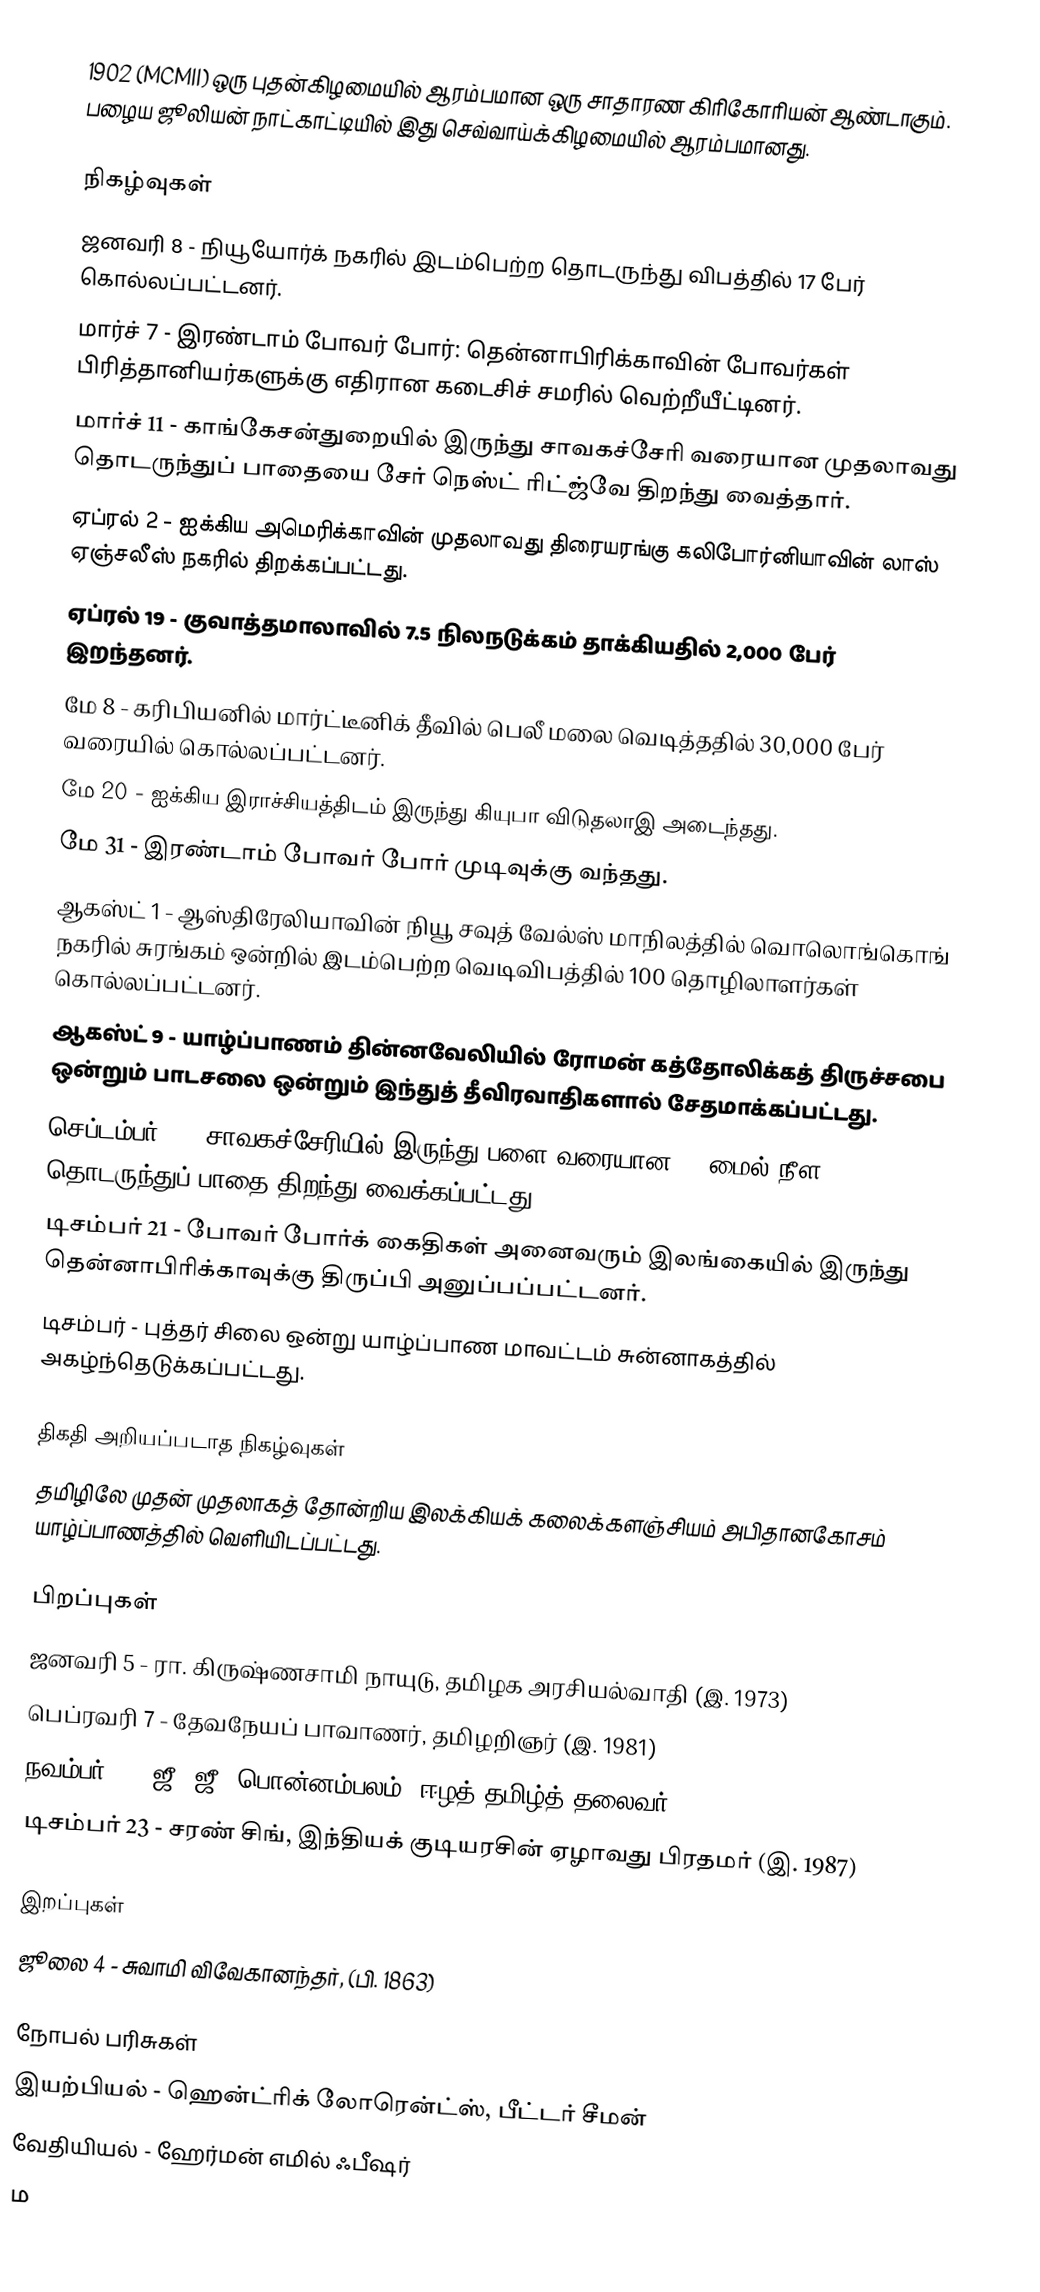
1902  (MCMII) ஒரு புதன்கிழமையில் ஆரம்பமான ஒரு சாதாரண கிரிகோரியன் ஆண்டாகும். பழைய ஜூலியன் நாட்காட்டியில் இது செவ்வாய்க்கிழமையில் ஆரம்பமானது.

நிகழ்வுகள்
 ஜனவரி 8 - நியூயோர்க் நகரில் இடம்பெற்ற தொடருந்து விபத்தில் 17 பேர் கொல்லப்பட்டனர்.
 மார்ச் 7 - இரண்டாம் போவர் போர்: தென்னாபிரிக்காவின் போவர்கள் பிரித்தானியர்களுக்கு எதிரான கடைசிச் சமரில் வெற்றீயீட்டினர்.
 மார்ச் 11 - காங்கேசன்துறையில் இருந்து சாவகச்சேரி வரையான முதலாவது தொடருந்துப் பாதையை சேர் நெஸ்ட் ரிட்ஜ்வே திறந்து வைத்தார்.
 ஏப்ரல் 2 - ஐக்கிய அமெரிக்காவின் முதலாவது திரையரங்கு கலிபோர்னியாவின் லாஸ் ஏஞ்சலீஸ் நகரில் திறக்கப்பட்டது.
 ஏப்ரல் 19 - குவாத்தமாலாவில் 7.5 நிலநடுக்கம் தாக்கியதில் 2,000 பேர் இறந்தனர்.
 மே 8 - கரிபியனில் மார்ட்டீனிக் தீவில் பெலீ மலை வெடித்ததில் 30,000 பேர் வரையில் கொல்லப்பட்டனர்.
 மே 20 - ஐக்கிய இராச்சியத்திடம் இருந்து கியுபா விடுதலாஇ அடைந்தது.
 மே 31 - இரண்டாம் போவர் போர் முடிவுக்கு வந்தது.
 ஆகஸ்ட் 1 - ஆஸ்திரேலியாவின் நியூ சவுத் வேல்ஸ் மாநிலத்தில் வொலொங்கொங் நகரில் சுரங்கம் ஒன்றில் இடம்பெற்ற வெடிவிபத்தில் 100 தொழிலாளர்கள் கொல்லப்பட்டனர்.
 ஆகஸ்ட் 9 - யாழ்ப்பாணம் தின்னவேலியில் ரோமன் கத்தோலிக்கத் திருச்சபை ஒன்றும் பாடசலை ஒன்றும் இந்துத் தீவிரவாதிகளால் சேதமாக்கப்பட்டது.
 செப்டம்பர் 5 - சாவகச்சேரியில் இருந்து பளை வரையான 14 மைல் நீள தொடருந்துப் பாதை திறந்து வைக்கப்பட்டது.
 டிசம்பர் 21 - போவர் போர்க் கைதிகள் அனைவரும் இலங்கையில் இருந்து தென்னாபிரிக்காவுக்கு திருப்பி அனுப்பப்பட்டனர்.
 டிசம்பர் - புத்தர் சிலை ஒன்று யாழ்ப்பாண மாவட்டம் சுன்னாகத்தில் அகழ்ந்தெடுக்கப்பட்டது.

திகதி அறியப்படாத நிகழ்வுகள்
 தமிழிலே முதன் முதலாகத் தோன்றிய இலக்கியக் கலைக்களஞ்சியம் அபிதானகோசம் யாழ்ப்பாணத்தில் வெளியிடப்பட்டது.

பிறப்புகள்
 ஜனவரி 5 - ரா. கிருஷ்ணசாமி நாயுடு, தமிழக அரசியல்வாதி (இ. 1973)
 பெப்ரவரி 7 - தேவநேயப் பாவாணர், தமிழறிஞர் (இ. 1981)
 நவம்பர் 8 - ஜீ. ஜீ. பொன்னம்பலம், ஈழத் தமிழ்த் தலைவர்
 டிசம்பர் 23 - சரண் சிங்,  இந்தியக் குடியரசின் ஏழாவது பிரதமர் (இ. 1987)

இறப்புகள்
 ஜூலை 4 - சுவாமி விவேகானந்தர், (பி. 1863)

நோபல் பரிசுகள்
 இயற்பியல் - ஹென்ட்ரிக் லோரென்ட்ஸ், பீட்டர் சீமன்
 வேதியியல் - ஹேர்மன் எமில் ஃபீஷர்
 ம